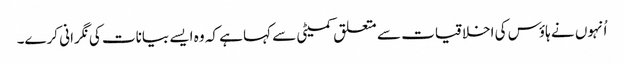
اُنہوں نے ہاؤس کی اخلاقیات سے متعلق کمیٹی سے کہا ہے کہ وہ ایسے بیانات کی نگرانی کرے۔